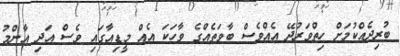
ބުރިދެއްކުމަށް ހިތްވަރުދޭ އެއްވެސް ބާވަތެއްގެ ވާހަކަ އެއް މީޑިއާގައި ވެސް އަދި އާންމު